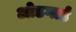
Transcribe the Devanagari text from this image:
ओडगार्ड